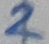
Text: 2